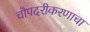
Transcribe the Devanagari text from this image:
चौपदरीकरणाचा